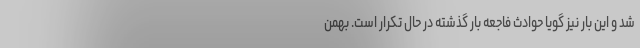
شد و این بار نیز گویا حوادث فاجعه بار گذشته در حال تکرار است. بهمن